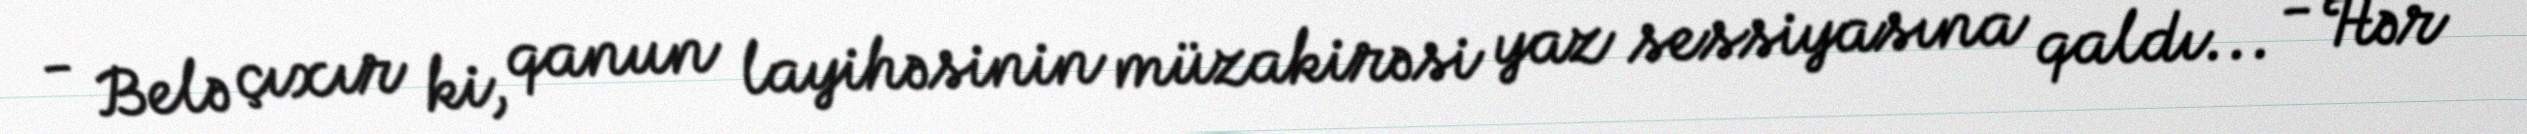
- Belə çıxır ki, qanun layihəsinin müzakirəsi yaz sessiyasına qaldı... - Hər